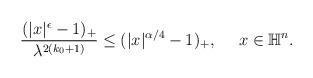
LaTeX: \begin{align*} \begin{aligned} \frac{(|x|^{\epsilon}-1)_+}{\lambda^{2(k_0+1)}}\leq (|x|^{\alpha/4}-1)_+, ~~~~ x\in \mathbb{H}^n. \end{aligned} \end{align*}